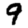
Digit: 9